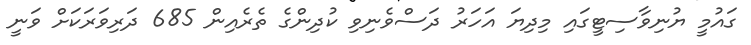
ގައުމީ ޔުނިވާސިޓީގައި މިދިޔަ އަހަރު ދަސްވެނިވި ކުދިންގެ ތެރެއިން 685 ދަރިވަރަކަށް ވަނީ